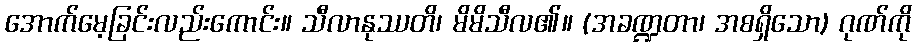
အောက်မေ့ခြင်းလည်းကောင်း။ သီလာနုဿတိ၊ မိမိသီလ၏။ (အခဏ္ဍတာ၊ အစရှိသော) ဂုဏ်ကို